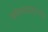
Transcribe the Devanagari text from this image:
मोकासादारावर